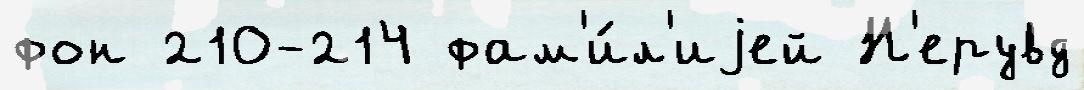
фон 210-214 фам'и́л'иjей Н'ерувд